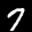
Label: 7